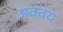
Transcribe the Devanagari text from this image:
अववय